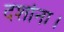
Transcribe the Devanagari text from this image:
दर्शाना।